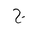
Letter: _gim